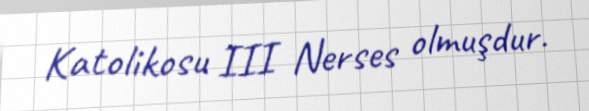
Katolikosu III Nerses olmuşdur.